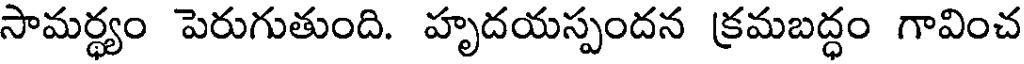
సామర్థ్యం పెరుగుతుంది. హృదయస్పందన క్రమబద్ధం గావించ